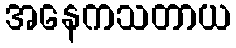
အနေကသတာယ